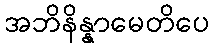
အဘိနိန္နာမေတိပေ